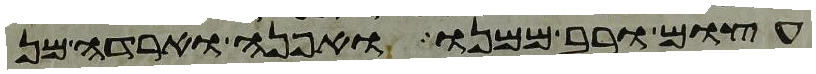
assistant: עצום ורב ממנו ואפנה וארדה מן